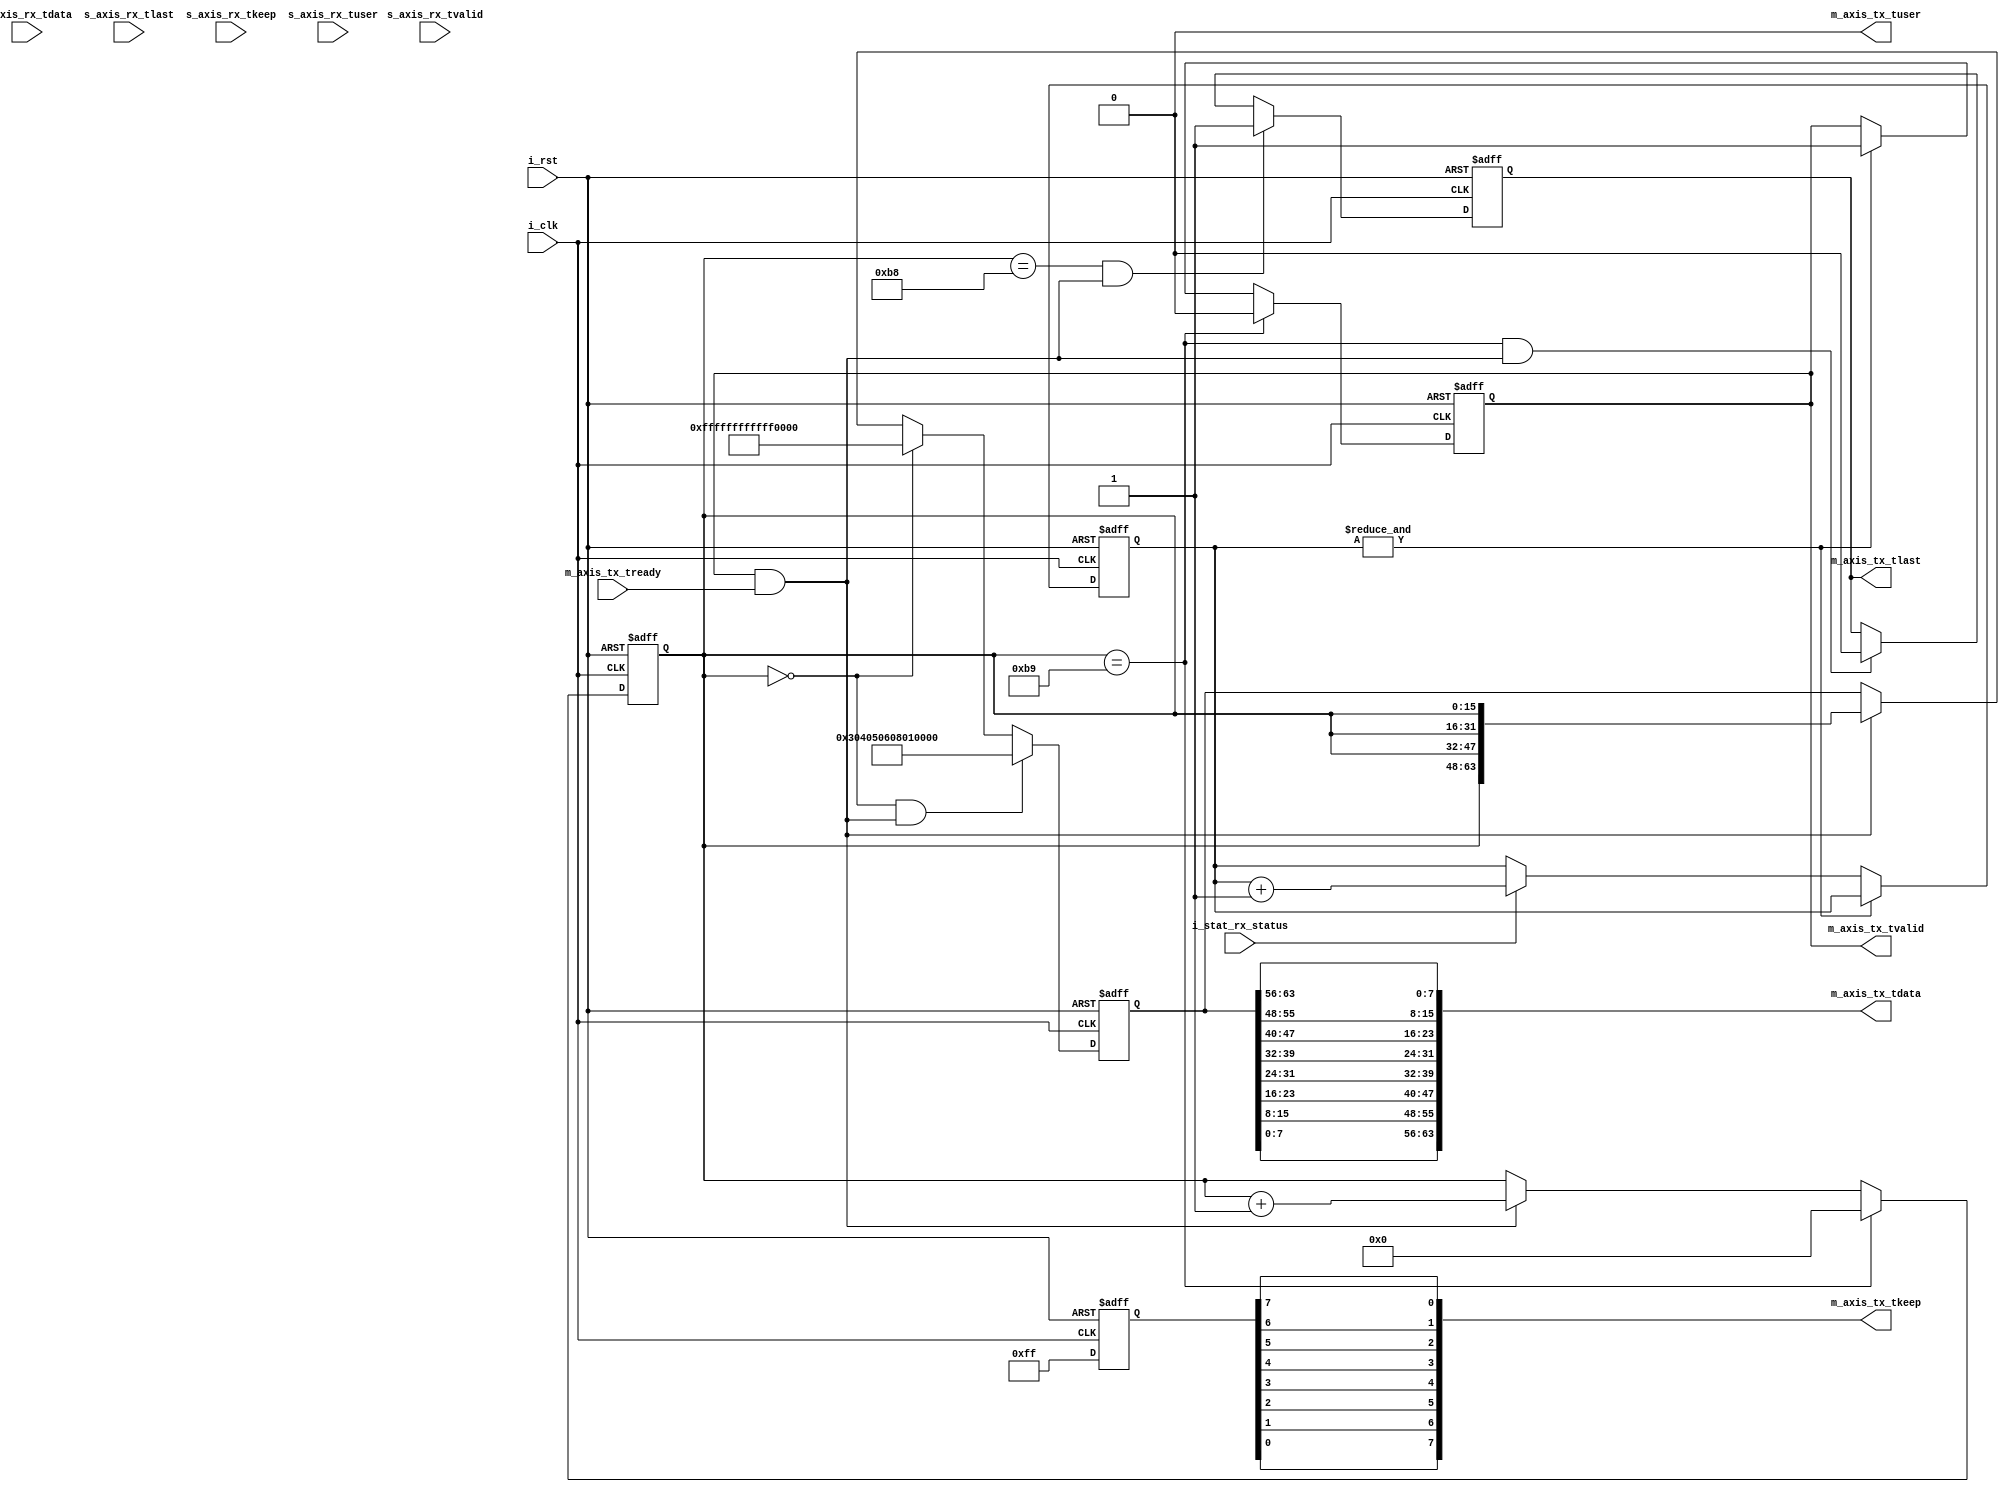
`timescale 1ns / 1ps
//////////////////////////////////////////////////////////////////////////////////
// Company: 
// Engineer: 
// 
// Design Name: 
// Module Name: AXIS_gen_module
// Project Name: 
// Target Devices: 
// Tool Versions: 
// Description: 
// 
// Dependencies: 
// 
// Revision:
// Revision 0.01 - File Created
// Additional Comments:
// 
//////////////////////////////////////////////////////////////////////////////////


module AXIS_gen_module(
    input           i_clk               ,
    input           i_rst               ,
    input           i_stat_rx_status    ,

    input           m_axis_tx_tready    ,
    output          m_axis_tx_tvalid    ,
    output [63 :0]  m_axis_tx_tdata     ,
    output          m_axis_tx_tlast     ,
    output [7  :0]  m_axis_tx_tkeep     ,
    output          m_axis_tx_tuser     ,

    input           s_axis_rx_tvalid    ,
    input [63 :0]   s_axis_rx_tdata     ,
    input           s_axis_rx_tlast     ,
    input [7  :0]   s_axis_rx_tkeep     ,
    input           s_axis_rx_tuser     
);

localparam  P_SEND_LEN = 186;
localparam  P_SRC_MAC = 48'h01_02_03_04_05_06;
localparam  P_DST_MAC = 48'hff_ff_ff_ff_ff_ff;
localparam  P_TYPE    = 16'h0800            ;

reg             rm_axis_tx_tvalid   ;
reg  [63 :0]    rm_axis_tx_tdata    ;
reg             rm_axis_tx_tlast    ;
reg  [7  :0]    rm_axis_tx_tkeep    ;
//reg             rm_axis_tx_tuser    ;
reg  [5 : 0]    r_init_cnt          ;
reg             ri_stat_rx_status   ;
reg  [15: 0]    r_send_cnt          ;

wire            w_send_en           ;
wire            w_tx_active         ;

assign m_axis_tx_tvalid = rm_axis_tx_tvalid;
assign m_axis_tx_tdata  = { rm_axis_tx_tdata[7 : 0],rm_axis_tx_tdata[15: 8],
                            rm_axis_tx_tdata[23:16],rm_axis_tx_tdata[31:24],
                            rm_axis_tx_tdata[39:32],rm_axis_tx_tdata[47:40],
                            rm_axis_tx_tdata[55:48],rm_axis_tx_tdata[63:56]} ;
assign m_axis_tx_tlast  = rm_axis_tx_tlast ;
assign m_axis_tx_tkeep  = { rm_axis_tx_tkeep[0],rm_axis_tx_tkeep[1],
                            rm_axis_tx_tkeep[2],rm_axis_tx_tkeep[3],
                            rm_axis_tx_tkeep[4],rm_axis_tx_tkeep[5],
                            rm_axis_tx_tkeep[6],rm_axis_tx_tkeep[7]} ;
assign m_axis_tx_tuser  = 'd0 ;

assign w_send_en   = &r_init_cnt;
assign w_tx_active = rm_axis_tx_tvalid & m_axis_tx_tready;

always @(posedge i_clk or posedge i_rst)begin
    if(i_rst)
        ri_stat_rx_status <= 'd0;
    else
        ri_stat_rx_status <= i_stat_rx_status;
end


always @(posedge i_clk or posedge i_rst)begin
    if(i_rst)
        r_init_cnt <= 'd0;
    else if(&r_init_cnt)
        r_init_cnt <= r_init_cnt;
    else if(i_stat_rx_status)
        r_init_cnt <= r_init_cnt + 1;
    else
        r_init_cnt <= r_init_cnt;
end

always @(posedge i_clk or posedge i_rst)begin
    if(i_rst)
        r_send_cnt <= 'd0;
    else if(r_send_cnt == P_SEND_LEN - 1)
        r_send_cnt <= 'd0;
    else if(w_tx_active)
        r_send_cnt <= r_send_cnt + 'd1;
    else
        r_send_cnt <= r_send_cnt;
end

 
 
always @(posedge i_clk or posedge i_rst)begin
    if(i_rst)
        rm_axis_tx_tvalid <= 'd0;
    else if(r_send_cnt == P_SEND_LEN - 1)
        rm_axis_tx_tvalid <= 'd0;
    else if(w_send_en)
        rm_axis_tx_tvalid <= 'd1;
    else
        rm_axis_tx_tvalid <= rm_axis_tx_tvalid;
end

always @(posedge i_clk or posedge i_rst)begin
    if(i_rst)
        rm_axis_tx_tdata <= 'd0;
    else if(r_send_cnt == 0 && w_tx_active)
        rm_axis_tx_tdata <= {P_SRC_MAC[31:0],P_TYPE,16'hff_ff};
    else if(r_send_cnt == 0)
        rm_axis_tx_tdata <= {P_DST_MAC,P_SRC_MAC[47:32]};
    else if(w_tx_active)
        rm_axis_tx_tdata <= {4{r_send_cnt}};
    else
        rm_axis_tx_tdata <= rm_axis_tx_tdata;
end

always @(posedge i_clk or posedge i_rst)begin
    if(i_rst)
        rm_axis_tx_tlast <= 'd0;
    else if(r_send_cnt == P_SEND_LEN - 2 && w_tx_active)
        rm_axis_tx_tlast <= 'd1;
    else if(r_send_cnt == P_SEND_LEN - 1 && w_tx_active)
        rm_axis_tx_tlast <= 'd0;
    else
        rm_axis_tx_tlast <= rm_axis_tx_tlast;
end

always @(posedge i_clk or posedge i_rst)begin
    if(i_rst)
        rm_axis_tx_tkeep <= 'd0;
    else
        rm_axis_tx_tkeep <= 8'hff;
end

endmodule